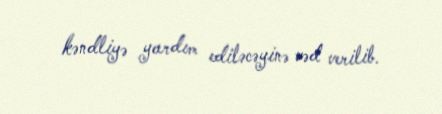
kəndliyə yardım ediləcəyinə vəd verilib.